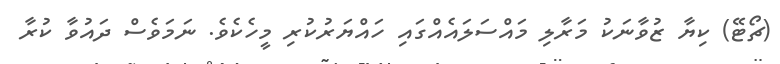
(ޗޯޓޭ) ކިޔާ ޒުވާނަކު މަރާލި މައްސަލައެއްގައި ހައްޔަރުކުރި މީހެކެވެ. ނަމަވެސް ދައުވާ ކުރާ